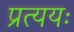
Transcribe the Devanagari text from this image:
प्रत्ययः